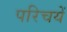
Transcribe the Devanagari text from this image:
परिचयें